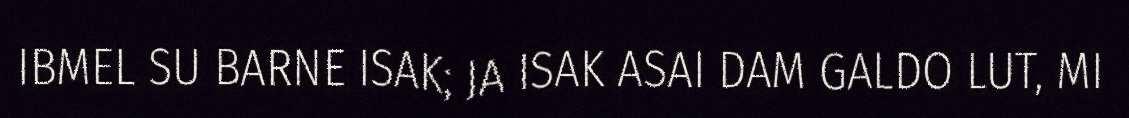
IBMEL SU BARNE ISAK; JA ISAK ASAI DAM GALDO LUT, MI